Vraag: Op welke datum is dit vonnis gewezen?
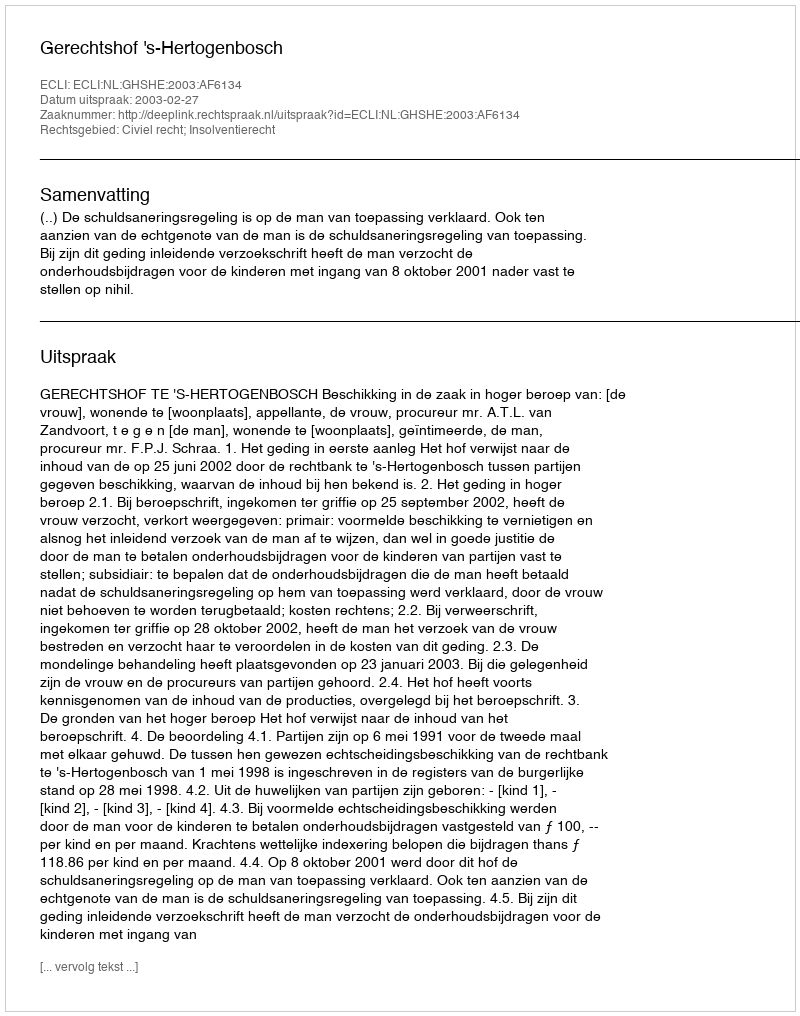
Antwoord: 2003-02-27